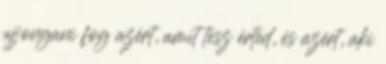
ujjongani fog azért, amit tesz érted, és azért, aki